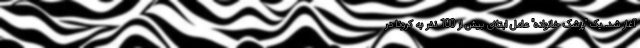
آغاز شد. یک "پزشک خانواده" عامل ابتلای بیش از 100 نفر به کرونا در